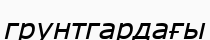
грунтгардағы